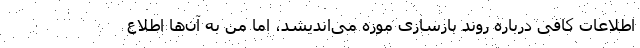
اطلاعات کافی درباره روند بازسازی موزه می‌اندیشد، اما من به آن‌ها اطلاع